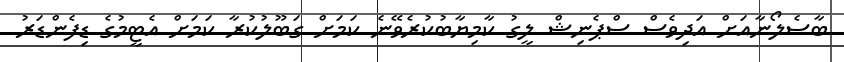
ބާސެލޯނާއަށް އަދިވެސް ސްޕެނިޝް ލީގު ކާމިޔާބުކުރެވޭނެ ކަމަށް ގަބޫލުކުރާ ކަމަށް އެޓީމުގެ ޑިފެންޑަރު